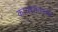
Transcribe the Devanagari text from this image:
कायद्यातल्या